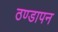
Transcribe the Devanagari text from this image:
ठण्‍डापन